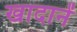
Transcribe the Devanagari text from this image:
खादानें